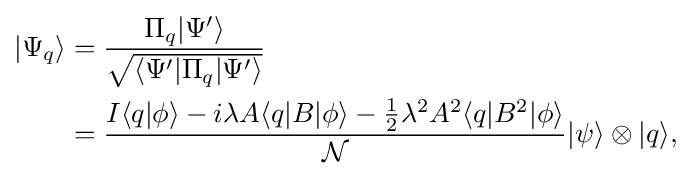
{\begin{aligned}|\Psi _{q}\rangle &={\frac {\Pi _{q}|\Psi '\rangle }{\sqrt {\langle \Psi '|\Pi _{q}|\Psi '\rangle }}}\\&={\frac {I\langle q|\phi \rangle -i\lambda A\langle q|B|\phi \rangle -{\frac {1}{2}}\lambda ^{2}A^{2}\langle q|B^{2}|\phi \rangle }{\mathcal {N}}}|\psi \rangle \otimes |q\rangle ,\end{aligned}}